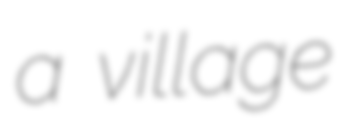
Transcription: a village